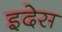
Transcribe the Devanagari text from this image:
इदेस